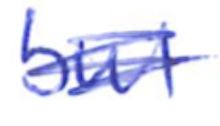
Text: but
Cross-out: scratch
Writing tool: ballpoint